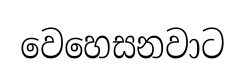
වෙහෙසනවාට